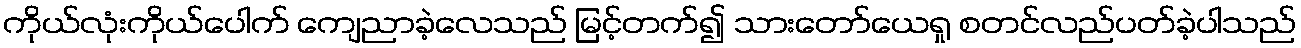
ကိုယ်လုံးကိုယ်ပေါက် ကျေညာခဲ့လေသည် မြင့်တက်၍ သားတော်ယေရှု စတင်လည်ပတ်ခဲ့ပါသည်